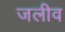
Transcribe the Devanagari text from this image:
जलीव